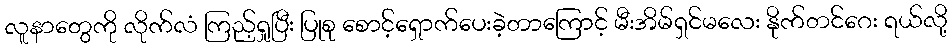
လူနာတွေကို လိုက်လံ ကြည့်ရှုပြီး ပြုစု စောင့်ရှောက်ပေးခဲ့တာကြောင့် မီးအိမ်ရှင်မလေး နိုက်တင်ဂေး ရယ်လို့